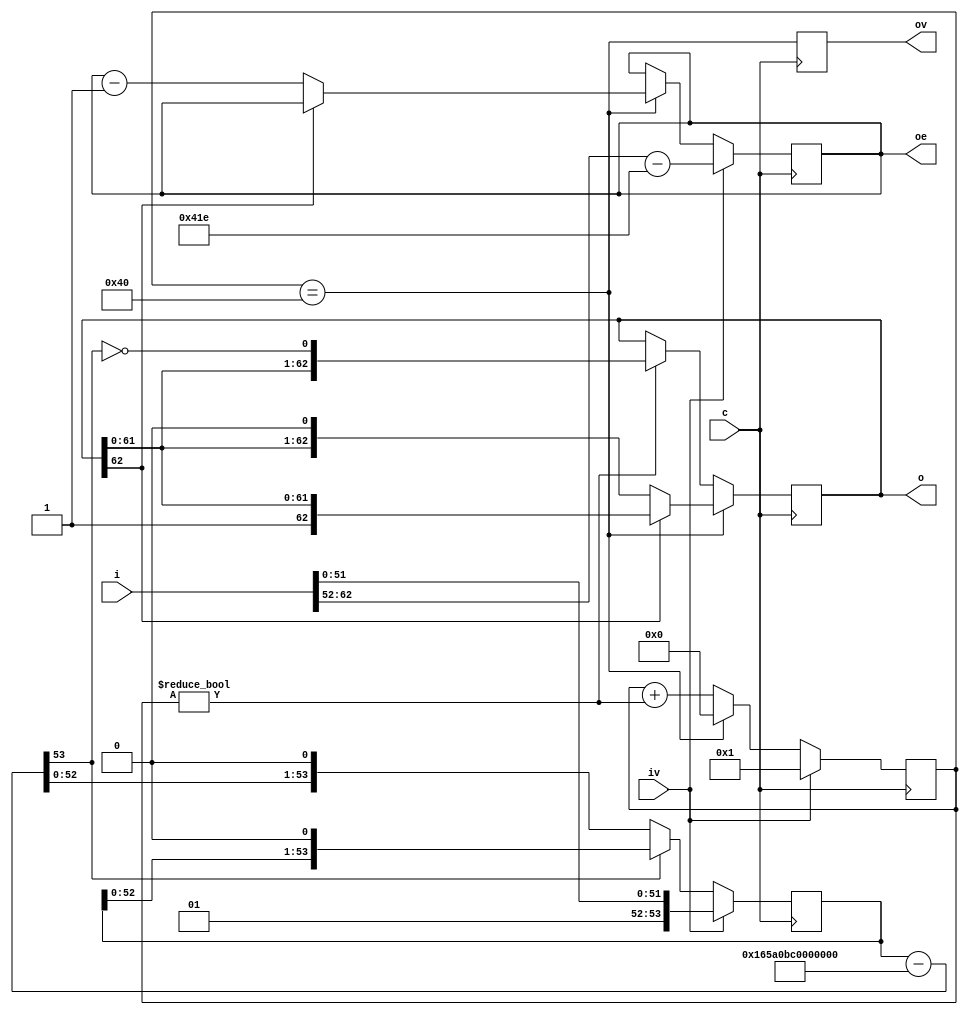
/*
 * Copyright (C) 2017 Harmon Instruments, LLC
 *
 * This program is free software: you can redistribute it and/or modify
 * it under the terms of the GNU General Public License as published by
 * the Free Software Foundation, either version 3 of the License, or
 * (at your option) any later version.
 *
 * This program is distributed in the hope that it will be useful,
 * but WITHOUT ANY WARRANTY; without even the implied warranty of
 * MERCHANTABILITY or FITNESS FOR A PARTICULAR PURPOSE.  See the
 * GNU General Public License for more details.
 *
 * You should have received a copy of the GNU General Public License
 * along with this program.  If not, see <http://www.gnu.org/licenses/
 *
 */

`timescale 1ns / 1ps

// divide a double precision float by 3e9 0x41E65A0BC0000000
// 63: sign, 62:52 exponent with bias of 1023, 51:0 mantissa
//
module div_3e9
  (
   input             c,
   input [62:0]      i, // double float without sign bit
   input             iv,
   output reg [62:0] o,
   output reg [10:0] oe,
   output reg        ov = 0);

   reg [53:0] 	     sr;
   reg [6:0] 	     state = 0;

   wire [53:0] 	     sub = sr - 54'h165A0BC0000000;

   always @ (posedge c)
     begin
	if(iv)
	  oe <= i[62:52] - (1023+31);
	else if(state == 64)
	  oe <= o[62] ? oe : oe-1'b1;

	if(iv)
	  state <= 1'b1;
	else if(state == 64)
	  state <= 1'b0;
	else
	  state <= state + (state != 0);

	if(iv)
	  sr <= {2'b01,i[51:0]};
	else
	  sr <= sub[53] ? {sr[52:0],1'b0} : {sub[52:0],1'b0};
	if(state == 64)
	  o <= o[62] ? o : {o[61:0],1'b0};
	else if(state != 0)
	  o <= {o[61:0], ~sub[53]};
	ov <= (state == 64);

     end

   initial
     begin
        $dumpfile("dump.vcd");
        $dumpvars(0);
     end


endmodule